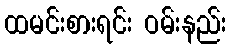
ထမင်းစားရင်း ဝမ်းနည်း